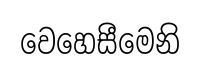
වෙහෙසීමෙනි